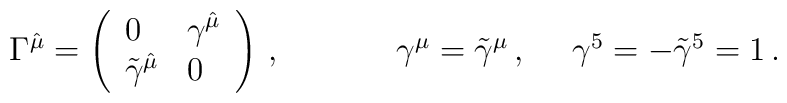
\begin{array}{ccc}\Gamma^{\hat{\mu}}=\left(\begin{array}{ll}0&\gamma^{\hat{\mu}}\\\tilde{\gamma}^{\hat{\mu}}&0\end{array}\right)\,,~~~~&~~~~\gamma^{\mu}=\tilde{\gamma}^{\mu}\,,~~~~\gamma^{5}=-\tilde{\gamma}^{5}=1\,.\end{array}